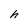
Character: h